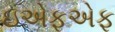
ઇએફએફ